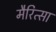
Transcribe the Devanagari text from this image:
मैरित्सा